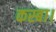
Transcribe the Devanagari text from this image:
कस्बा।